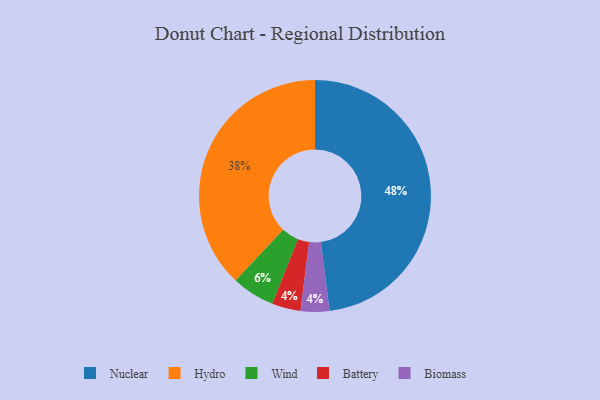
{"axis": {"x": "Category", "y": "Percentage"}, "legend": ["Battery", "Biomass", "Hydro", "Nuclear", "Wind"], "data": [{"x": "Battery", "y": 4, "type": "Battery"}, {"x": "Biomass", "y": 4, "type": "Biomass"}, {"x": "Wind", "y": 6, "type": "Wind"}, {"x": "Hydro", "y": 38, "type": "Hydro"}, {"x": "Nuclear", "y": 48, "type": "Nuclear"}]}